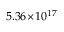
5 . 3 6 \! \times \! 1 0 ^ { 1 7 }